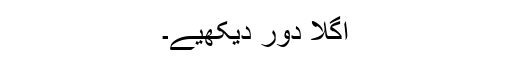
اگلا دور دیکھیے۔